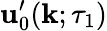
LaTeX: {\mathbf{u}}_{0}^{\prime}({\mathbf{k}};\tau_{1})